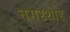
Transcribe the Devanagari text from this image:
नगरशाह